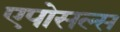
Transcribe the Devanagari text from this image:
एपोसल्स